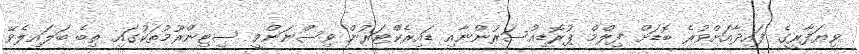
ވިޔަފާރީގެ ފައިދާއަށްވުރެ ބޮޑަށް ފިލްމް ޕުރޮޑިއުސަރުންނާއި ޑައިރެކްޓަރުން ވިސްނަންވީ ސިޓިންރޫމުތަކުގައި ތިބެ ބަލައިލެވޭ